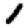
Digit: 1